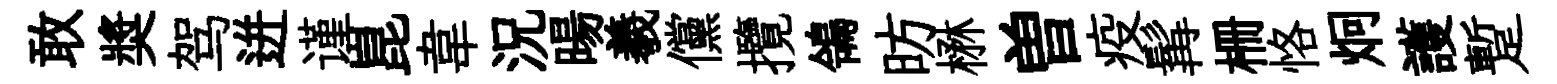
敢奬驾迸谨崑韋況暘羲儻攬鴒昉楙曽疫髯栅恪炯護蹔